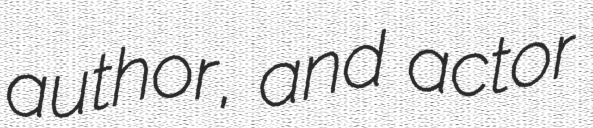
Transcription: author, and actor